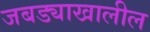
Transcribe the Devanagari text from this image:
जबड्याखालील